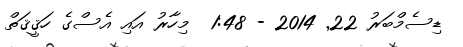
ޑިސެމްބަރު 22